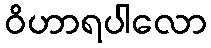
ဝိဟာရပါလော